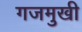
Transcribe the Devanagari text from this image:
गजमुखी